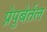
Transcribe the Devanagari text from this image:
प्रेपुबेर्तल